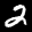
Label: 2